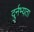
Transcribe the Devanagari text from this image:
दुर्नभ्यता